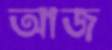
আজ